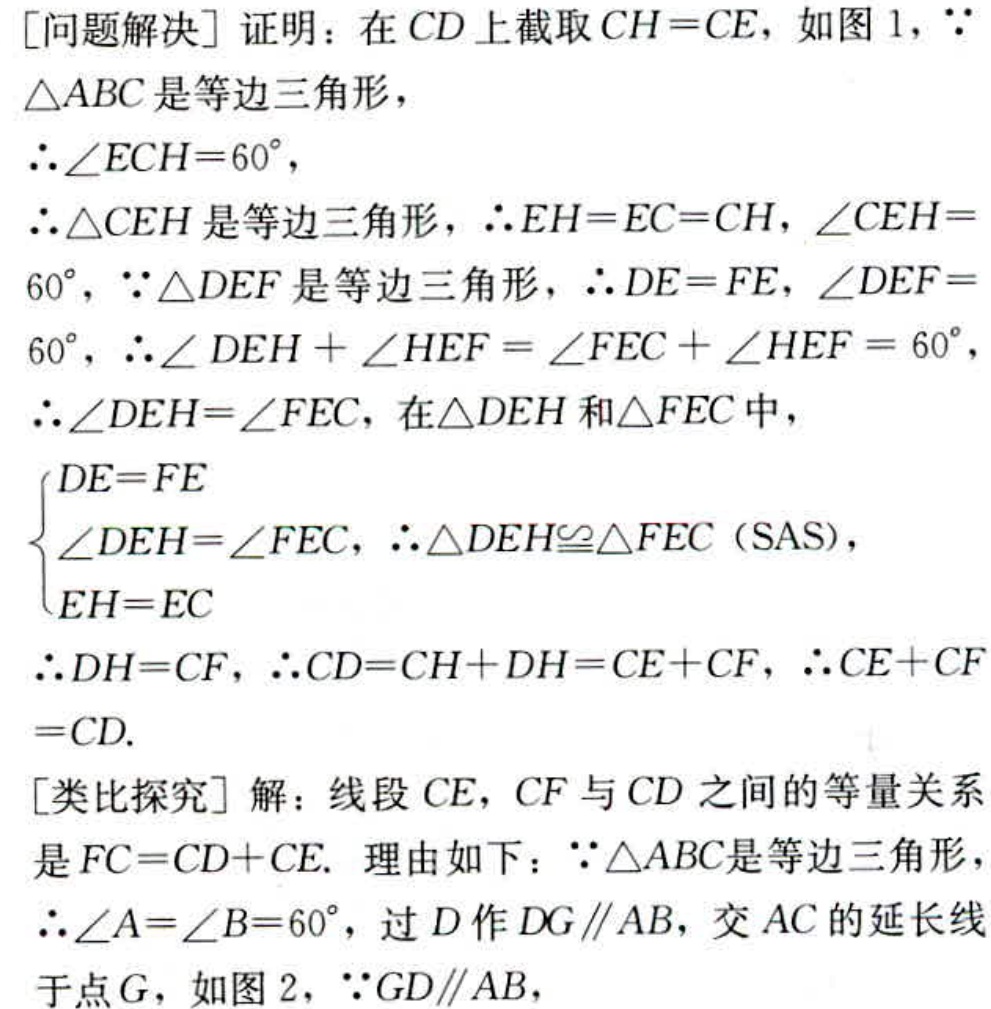
[问题解决] 证明：在 \(CD\) 上截取 \(CH = CE\)，如图 1，\(\because\)
\(\triangle ABC\) 是等边三角形，
\(\therefore\angle ECH = 60^{\circ}\)，
\(\therefore\triangle CEH\) 是等边三角形，\(\therefore EH = EC = CH\)，\(\angle CEH = 60^{\circ}\)，\(\because\triangle DEF\) 是等边三角形，\(\therefore DE = FE\)，\(\angle DEF = 60^{\circ}\)，\(\therefore\angle DEH+\angle HEF=\angle FEC+\angle HEF = 60^{\circ}\)，
\(\therefore\angle DEH=\angle FEC\)，在 \(\triangle DEH\) 和 \(\triangle FEC\) 中，
\(\begin{cases}
DE = FE\\
\angle DEH=\angle FEC\\
EH = EC
\end{cases}\)，\(\therefore\triangle DEH\cong\triangle FEC\) (SAS)，
\(\therefore DH = CF\)，\(\therefore CD = CH + DH = CE + CF\)，\(\therefore CE + CF = CD\).
[类比探究] 解：线段 \(CE\)，\(CF\) 与 \(CD\) 之间的等量关系
是 \(FC = CD + CE\). 理由如下：\(\because\triangle ABC\) 是等边三角形，
\(\therefore\angle A=\angle B = 60^{\circ}\)，过 \(D\) 作 \(DG\parallel AB\)，交 \(AC\) 的延长线
于点 \(G\)，如图 2，\(\because GD\parallel AB\)，